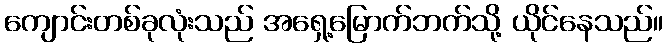
ကျောင်းတစ်ခုလုံးသည် အရှေ့မြောက်ဘက်သို့ ယိုင်နေသည်။